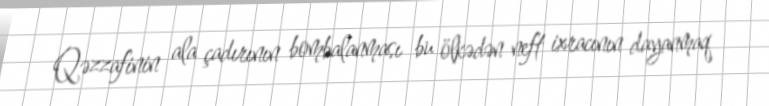
Qəzzafinin ala çadırının bombalanması bu ölkədən neft ixracının dayanmaq